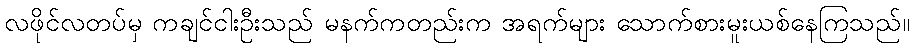
လဖိုင်လတပ်မှ ကချင်ငါးဦးသည် မနက်ကတည်းက အရက်များ သောက်စားမူးယစ်နေကြသည်။